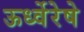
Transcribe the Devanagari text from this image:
ऊर्ध्वेरेषे